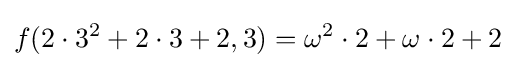
f(2\cdot 3^{2}+2\cdot 3+2,3)=\omega ^{2}\cdot 2+\omega \cdot 2+2